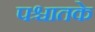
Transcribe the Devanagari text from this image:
पश्चातके